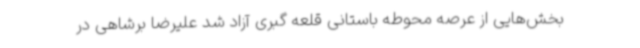
بخش‌هایی از عرصه محوطه باستانی قلعه گبری آزاد شد علیرضا برشاهی در